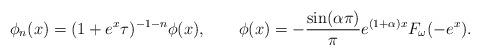
LaTeX: \begin{align*}\phi_n(x)= (1+e^x\tau)^{-1-n}\phi(x),{\qquad}\phi(x)= -\frac{\sin(\alpha \pi)}{\pi}e^{(1+\alpha)x}F_{\omega}(-e^x).\end{align*}